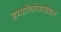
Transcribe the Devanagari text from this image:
हयग्रीवोपाख्यान